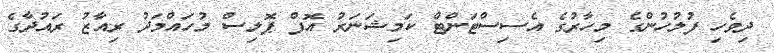
ދިވެހި ފުލުހުންގެ މިހާރުގެ އެސިސްޓަންޓް ކަމިޝަނަރު އޮފް ޕޮލިސް މުހައްމަދު ރިއާޒު ރައުދާގެ